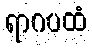
ရာဂပထံ